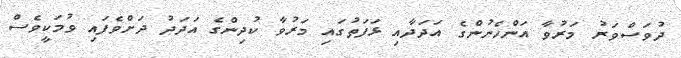
ދުވަސްވަރު މަރުވާ އަންހެނުންގެ އަދަދާއި ޅަފަތުގައި މަރުވާ ކުދިންގެ އަދަދު ދަށްވެފައި ވުމަކީވެސް